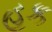
હક